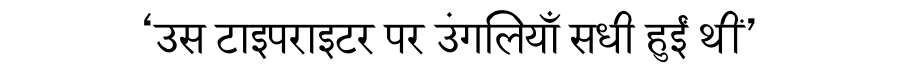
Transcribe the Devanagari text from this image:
‘उस टाइपराइटर पर उंगलियाँ सधी हुईं थीं’